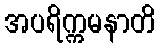
အပရိက္ကမနာတိ